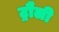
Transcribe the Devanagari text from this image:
ट्रौली